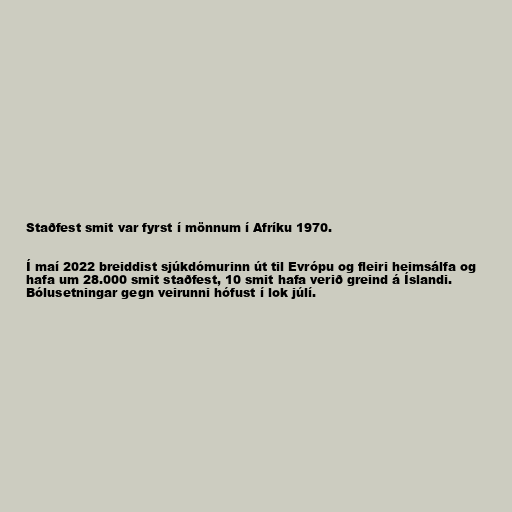
Staðfest smit var fyrst í mönnum í Afríku 1970.

Í maí 2022 breiddist sjúkdómurinn út til Evrópu og fleiri heimsálfa og
hafa um 28.000 smit staðfest, 10 smit hafa verið greind á Íslandi.
Bólusetningar gegn veirunni hófust í lok júlí.